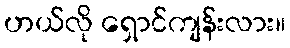
ဟယ်လို ရှောင်ကျန်းလား။